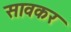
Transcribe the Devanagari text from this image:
सावकर